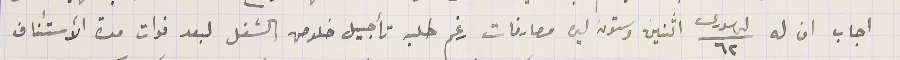
اجاب ان له ٦٢ لىر سورى اثنين وستون ليره مصارفات رغم طلبه تأجيل خلاص الشغل لبعد فوات مدة الأستئناف